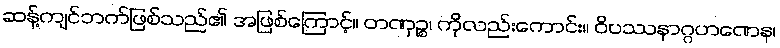
ဆန့်ကျင်ဘက်ဖြစ်သည်၏ အဖြစ်ကြောင့်။ တဏှဉ္စ၊ ကိုလည်းကောင်း။ ဝိပဿနာဂ္ဂဟဏေန၊